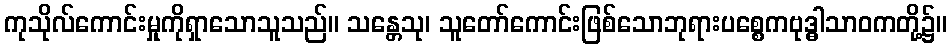
ကုသိုလ်ကောင်းမှုကိုရှာသောသူသည်။ သန္တေသု၊ သူတော်ကောင်းဖြစ်သောဘုရားပစ္စေကဗုဒ္ဓါသာဝကတို့၌။